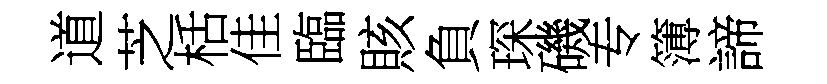
道芝栝佳臨賅負琛磯专簿諦